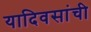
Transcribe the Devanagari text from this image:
यादिवसांची